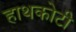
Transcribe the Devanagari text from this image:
हाथकोटी